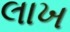
લાખ